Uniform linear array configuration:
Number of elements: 64
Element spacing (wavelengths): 0.5
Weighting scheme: exponential
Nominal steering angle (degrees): -60
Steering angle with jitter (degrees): -58.352
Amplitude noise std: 0.05
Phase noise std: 0.05

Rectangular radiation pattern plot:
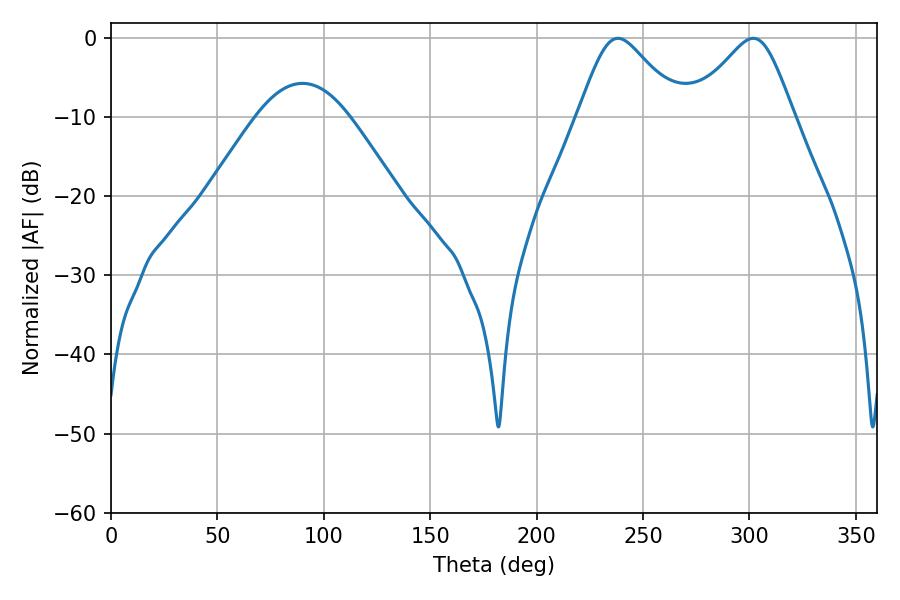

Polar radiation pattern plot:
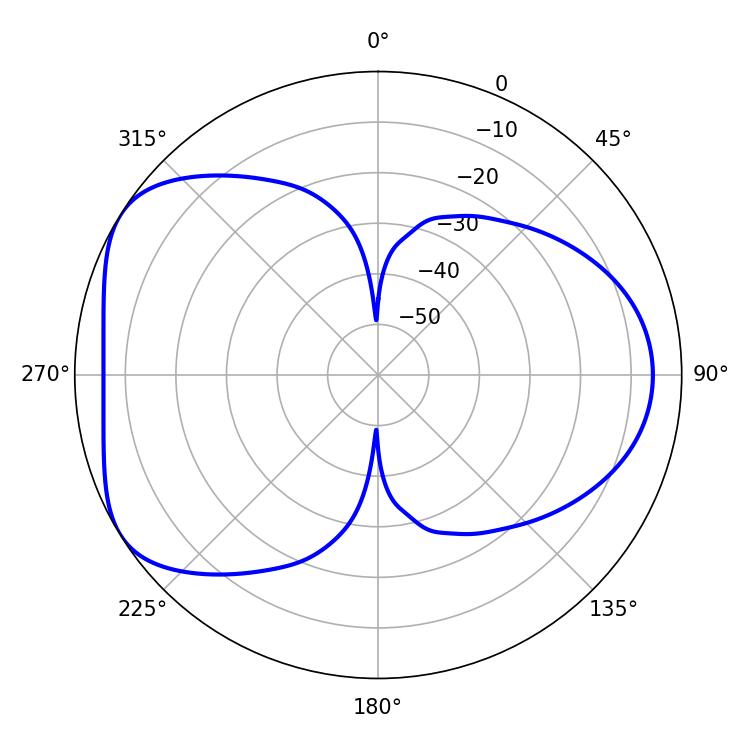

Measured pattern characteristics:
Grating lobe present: FALSE
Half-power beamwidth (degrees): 23.4
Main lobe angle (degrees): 238.14